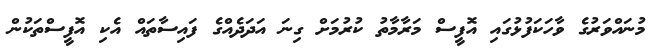
މުނައްވަރުގެ ވާހަކަފުޅުގައި އޮފީސް މަރާމާތު ކުރުމަށް ގިނަ އަދަދެއްގެ ފައިސާތައް އެކި އޮފީސްތަކުން